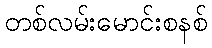
တစ်လမ်းမောင်းစနစ်